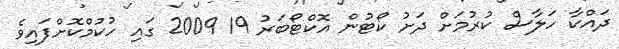
ދައްކާ ހަލާސް ކުރުމަށް ދަށު ކޯޓުން އޮކްޓޯބަރު 19 2009 ގައި ހުކުމްކޮށްފައިވެ